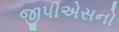
જીપીએસનો